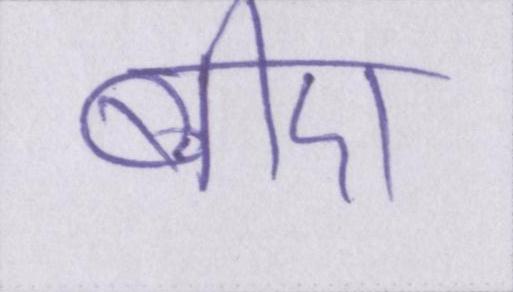
बीए